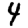
Digit: 4